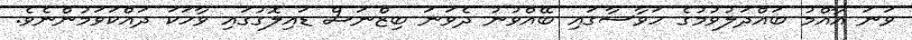
ވަނަ އާއްމު ބައްދަލުވުމުގެ ހަވާސާގައި ބޭއްވުނު ދެވަނަ ބިޒްނަސް ޑައިލޮގުގައި ވާހަކަ ދައްކަވަމުންނެވެ.